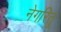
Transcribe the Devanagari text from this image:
नेगरितू